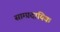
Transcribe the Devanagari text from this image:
साम्‍प्रदायिक